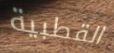
القطبية